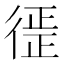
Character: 徰